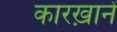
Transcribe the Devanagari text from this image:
कारख़ानें